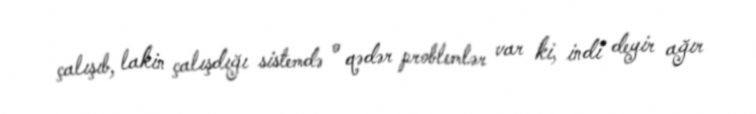
çalışıb, lakin çalışdığı sistemdə o qədər problemlər var ki, indi deyir ağır